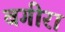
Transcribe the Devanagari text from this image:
बगीरा